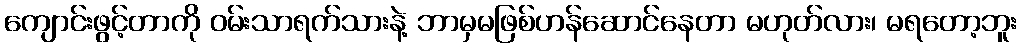
ကျောင်းဖွင့်တာကို ဝမ်းသာရက်သားနဲ့ ဘာမှမဖြစ်ဟန်ဆောင်နေတာ မဟုတ်လား၊ မရတော့ဘူး